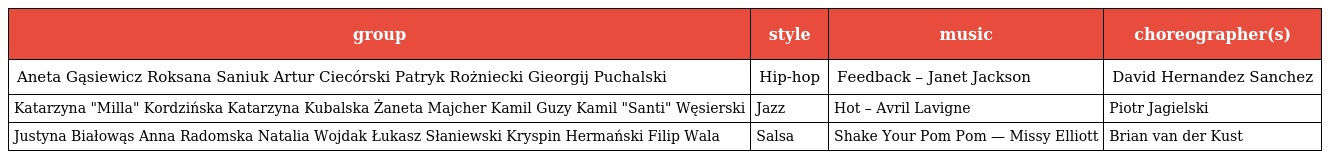
| group | style | music | choreographer(s) |
 | --- | --- | --- | --- |
 | Aneta Gąsiewicz Roksana Saniuk Artur Ciecórski Patryk Rożniecki Gieorgij Puchalski | Hip-hop | Feedback – Janet Jackson | David Hernandez Sanchez |
 | Katarzyna "Milla" Kordzińska Katarzyna Kubalska Żaneta Majcher Kamil Guzy Kamil "Santi" Węsierski | Jazz | Hot – Avril Lavigne | Piotr Jagielski |
 | Justyna Białowąs Anna Radomska Natalia Wojdak Łukasz Słaniewski Kryspin Hermański Filip Wala | Salsa | Shake Your Pom Pom — Missy Elliott | Brian van der Kust |